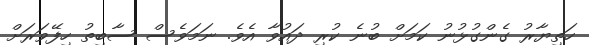
ހަތިޔާރު ގެންގުޅުނު ކަމަށް ބުނެ ކުރި ދައުވާ އެވެ. ނަމަވެސް ސާބިތު ހިފޭވަރަށް